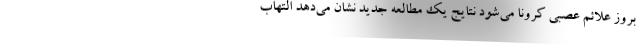
بروز علائم عصبی کرونا می‌شود نتایج یک مطالعه جدید نشان می‌دهد التهاب